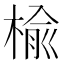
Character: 楡